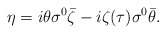
\begin{align*}\eta = i \theta\sigma^0 \bar \zeta -i \zeta (\tau)\sigma^0\bar \theta.\end{align*}